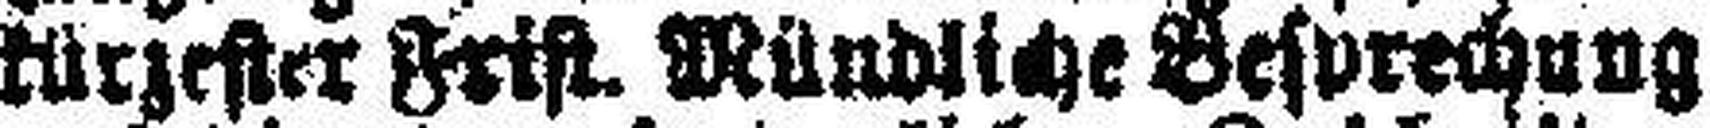
kürzester Frist. Mündliche Besprechung